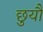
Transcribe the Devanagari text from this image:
छुयौ